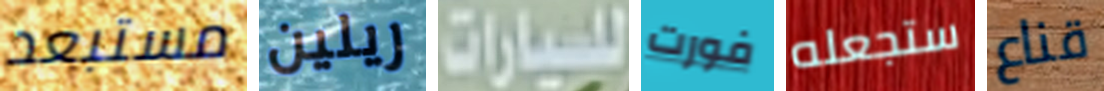
مستبعد ريلين للسيارات فورت ستجعله قناع